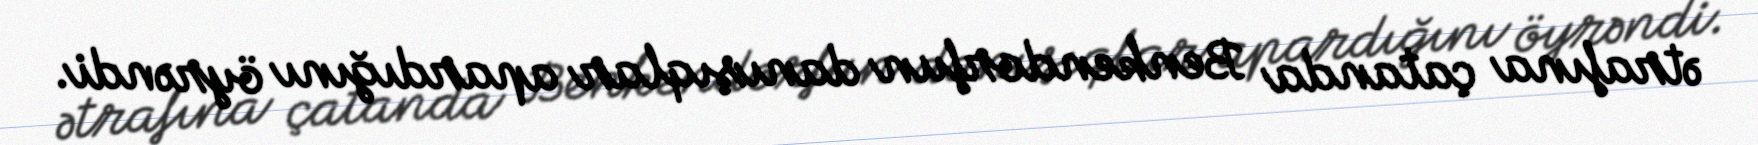
ətrafına çatanda Benkendorfun danışıqlar apardığını öyrəndi.